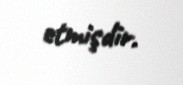
etmişdir.